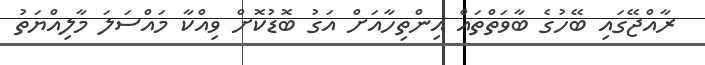
ރާއްޖޭގައި ބޭހުގެ ބާވަތްތައް އިންތިހާއަށް އަގު ބޮޑުކޮށް ވިއްކާ މައްސަލަ މާލިއްޔަތު